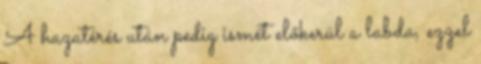
A hazatérés után pedig ismét előkerül a labda, ezzel